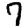
Digit: 7